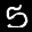
Label: 5